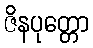
ဇိနပုတ္တော